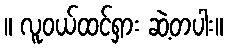
။ လူဝယ်ထင်ရှား ဆဲ့တပါး။